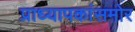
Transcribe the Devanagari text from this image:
प्राध्यापकांसमोर